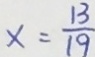
x = \frac { 1 3 } { 1 9 }